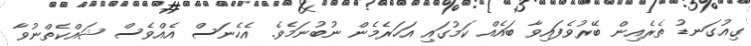
ގިއުގަނޑު ތެރެއިން ބޭރުވެފައިވާ ބައެއް ކަމުގައި އަހަރެމެން ނުބުނަމެވެ. އެހެނަސް އެއްވެސް ޝައްކެތްނުވާ